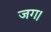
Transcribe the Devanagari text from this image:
जग।